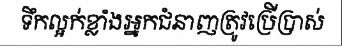
ទឹកល្អក់ខ្លាំងអ្នកជំនាញត្រូវប្រើប្រាស់